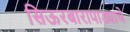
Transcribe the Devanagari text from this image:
सिऊरबारापाड्याचे